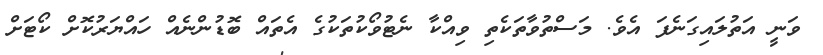
ވަނީ އަތުލައިގަނެފަ އެވެ. މަސްތުވާތަކެތި ވިއްކާ ނެޓުވޯކުތަކުގެ އެތައް ބޮޑުންނެއް ހައްޔަރުކޮށް ކޯޓަށް